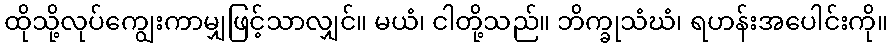
ထိုသို့လုပ်ကျွေးကာမျှဖြင့်သာလျှင်။ မယံ၊ ငါတို့သည်။ ဘိက္ခုသံဃံ၊ ရဟန်းအပေါင်းကို။